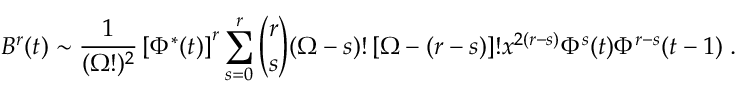
{ \cal B } ^ { r } ( t ) \sim \frac { 1 } { ( \Omega ! ) ^ { 2 } } \left[ \Phi ^ { * } ( t ) \right] ^ { r } \sum _ { s = 0 } ^ { r } { \binom { r } { s } } ( \Omega - s ) ! \left[ \Omega - ( r - s ) \right] ! x ^ { 2 ( r - s ) } \Phi ^ { s } ( t ) \Phi ^ { r - s } ( t - 1 ) \; .